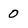
Character: 0